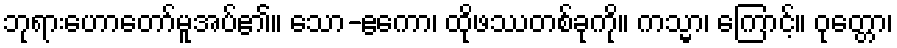
ဘုရားဟောတော်မူအပ်၏။ သော-ဧကော၊ ထိုဖဿတစ်ခုကို။ ကသ္မာ၊ ကြောင့်။ ဝုတ္တော၊